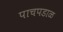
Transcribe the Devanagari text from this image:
पाचपडाळ